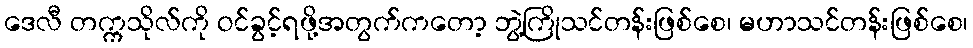
ဒေလီ တက္ကသိုလ်ကို ဝင်ခွင့်ရဖို့အတွက်ကတော့ ဘွဲ့ကြိုသင်တန်းဖြစ်စေ၊ မဟာသင်တန်းဖြစ်စေ၊